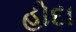
હોદા